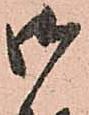
御